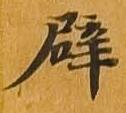
辟